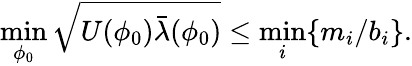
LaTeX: \operatorname*{min}_{\phi_{0}}\sqrt{U(\phi_{0})\bar{\lambda}(\phi_{0})}\le\operatorname*{min}_{i}\{ m_{i}/b_{i}\} .